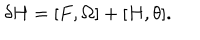
\delta H = [ F , \Omega ] + [ H , \theta ] .